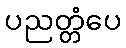
ပညတ္တံပေ